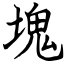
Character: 塊